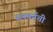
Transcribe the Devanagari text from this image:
सनबर्नची